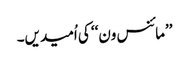
’’مائنس ون‘‘ کی اُمیدیں۔